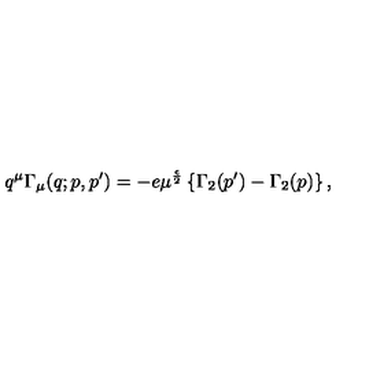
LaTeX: q ^ { \mu } \Gamma _ { \mu } ( q ; p , p ^ { \prime } ) = - e \mu ^ { \frac { \epsilon } { 2 } } \left\{ \Gamma _ { 2 } ( p ^ { \prime } ) - \Gamma _ { 2 } ( p ) \right\} ,